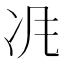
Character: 𠖵